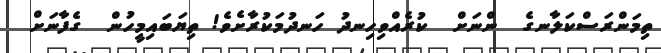
ތިމަންރަސްކަލާނގެ  ންނަށް  ކުރެއްވިހިނދު ހަނދުމަކުރާށެވެ! ތިޔަބައިމީހުން  ގެފާނަށް